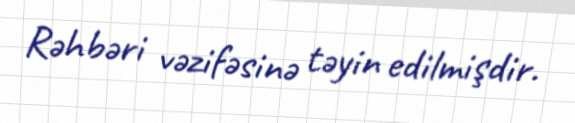
Rəhbəri vəzifəsinə təyin edilmişdir.